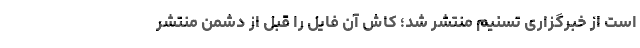
است از خبرگزاری تسنیم منتشر شد؛ کاش آن فایل را قبل از دشمن منتشر